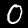
Label: 0